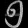
Digit: ၅